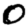
Digit: 0